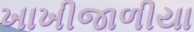
ખાખીજાળીયા